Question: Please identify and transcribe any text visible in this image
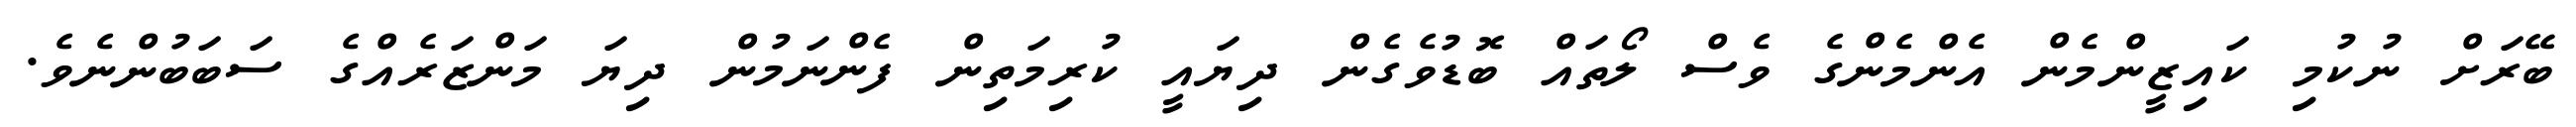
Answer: ބޭރަށް ނުކުމި ކައިޒީންމެން އެންމެންގެ ވެސް ލޯތައް ބޮޑުވެގެން ދިޔައީ ކުރިމަތިން ފެންނަމުން ދިޔަ މަންޒަރެއްގެ ސަބަބުންނެވެ.